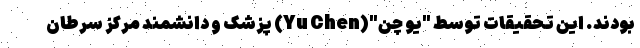
بودند. این تحقیقات توسط "یو چن"(Yu Chen) پزشک و دانشمند مرکز سرطان